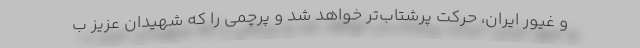
و غیور ایران، حرکت پرشتاب‌تر خواهد شد و پرچمی را که شهیدان عزیز ب